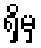
ရှိမှ